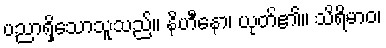
ပညာရှိသောသူသည်။ နိဟီနော၊ ယုတ်၏။ သိရိမာဝ၊